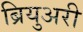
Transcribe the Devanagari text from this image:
ब्रियुअरी